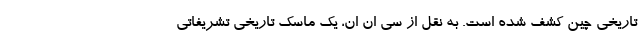
تاریخی چین کشف شده است. به نقل از سی ان ان، یک ماسک تاریخی تشریفاتی